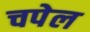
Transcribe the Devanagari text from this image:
चपेल